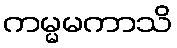
ကမ္မမကာသိ